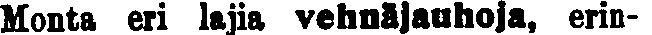
Monta eri lajia vehnäjauhoja, erin-